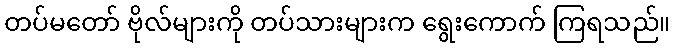
တပ်မတော် ဗိုလ်များကို တပ်သားများက ရွေးကောက် ကြရသည်။